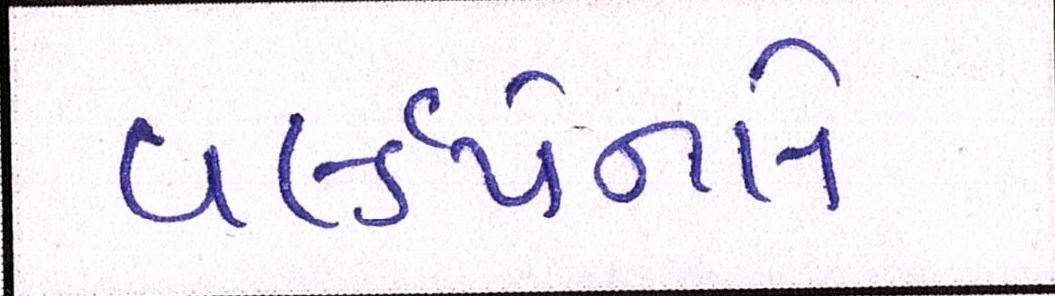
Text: વર્લ્ડપેનલે